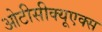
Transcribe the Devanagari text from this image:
ओटीसीक्यूएक्स